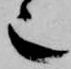
也